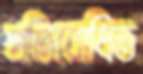
প্রতিরোধিত